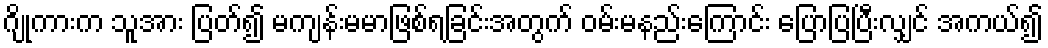
ဂျိုကားက သူအား ပြတ်၍ မကျန်းမမာဖြစ်ရခြင်းအတွက် ဝမ်းမနည်းကြောင်း ပြောပြပြီးလျှင် အကယ်၍